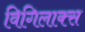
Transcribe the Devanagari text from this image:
विगिलाक्स